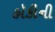
હૉકીની